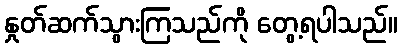
နှုတ်ဆက်သွားကြသည်ကို တွေ့ရပါသည်။